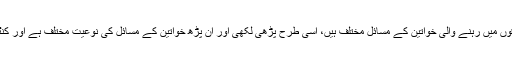
شہروں میں رہنے والی خواتین کے مسائل اور دیہاتی علاقوں میں رہنے والی خواتین کے مسائل مختلف ہیں، اسی طرح پڑھی لکھی اور ان پڑھ خواتین کے مسائل کی نوعیت مختلف ہے اور کنٹرول لائن پر رہنے والی خواتین کے مسائل کئی زیادہ ہیں۔